Insane asylums Bombay 1873-77 - 1873-1877
Year: 1873
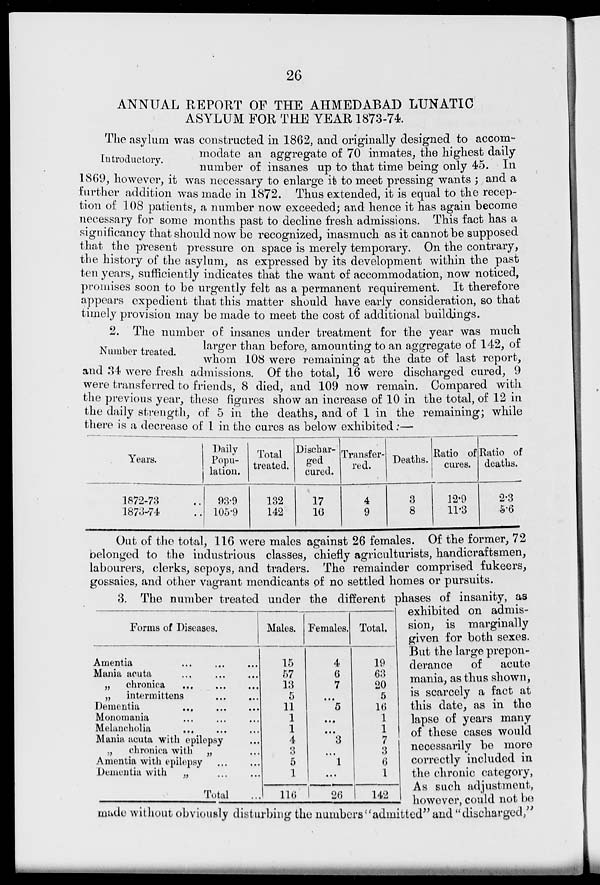
26
ANNUAL REPORT OF THE AHMEDABAD LUNATIC
ASYLUM FOR THE YEAR 1873-74.
Introductory.
The asylum was constructed in 1862, and originally designed to accom-
modate an aggregate of 70 inmates, the highest daily
number of insanes up to that time being only 45. In
1869, however, it was necessary to enlarge it to meet pressing wants ; and a
further addition was made in 1872. Thus extended, it is equal to the recep-
tion of 108 patients, a number now exceeded; and hence it has again become
necessary for some months past to decline fresh admissions. This fact has a
significancy that should now be recognized, inasmuch as it cannot be supposed
that the present pressure on space is merely temporary. On the contrary,
the history of the asylum, as expressed by its development within the past
ten years, sufficiently indicates that the want of accommodation, now noticed,
promises soon to be urgently felt as a permanent requirement. It therefore
appears expedient that this matter should have early consideration, so that
timely provision may be made to meet the cost of additional buildings.
Number treated.
2. The number of insanes under treatment for the year was much
larger than before, amounting to an aggregate of 142, of
whom 108 were remaining at the date of last report,
and 34 were fresh admissions. Of the total, 16 were discharged cured, 9
were transferred to friends, 8 died, and 109 now remain. Compared with
the previous year, these figures show an increase of 10 in the total, of 12 in
the daily strength, of 5 in the deaths, and of 1 in the remaining; while
there is a decrease of 1 in the cures as below exhibited :—
Years.
1872-73 ..
1873-74 ..
Daily
Popu-
lation.
93.9
105.9
Total
treated.
132
142
Dischar-
ged
cured.
17
16
Transfer-
red.
4
9
Deaths.
3
8
Ratio of
cures.
12.9
11.3
Ratio of
deaths.
2.3
5.6
Out of the total, 116 were males against 26 females. Of the former, 72
belonged to the industrious classes, chiefly agriculturists, handicraftsmen,
labourers, clerks, sepoys, and traders. The remainder comprised fukeers,
gossaies, and other vagrant mendicants of no settled homes or pursuits.
Forms of Diseases.
Amentia ... ... ...
Mania acuta ... ... ...
„
chronica
...
...
...
„
intermittens
...
...
...
Dementia
...
...
...
Monomania ... ... ...
Melancholia
...
...
...
Mania acuta with epilepsy ...
„
chronica with „ ...
Amentia with epilepsy ... ...
Dementia with
„ ... ...
Total ...
Males.
15
57
13
5
11
1
1
4
3
5
1
116
Females.
4
6
7
...
5
...
...
3
...
1
...
26
Total.
19
63
20
5
16
1
1
7
3
6
1
142
3. The number treated under the different phases of insanity, as
exhibited on admis-
sion, is marginally
given for both sexes.
But the large prepon-
derance
of
acute
mania, as thus shown,
is scarcely a fact at
this date, as in the
lapse of years many
of these cases would
necessarily be more
correctly included in
the chronic category,
As such adjustment,
however, could not be
made without obviously disturbing the numbers"admitted" and "discharged,"